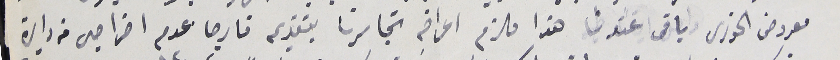
معروض الخورى باقى عندنا هذا ملزم اعراضهِ تجاسرنا بتقديم فارجا عدم اخراجى من دايرة